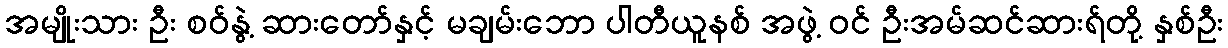
အမျိုးသား ဦး စဝ်နွဲ့ ဆားတော်နှင့် မချမ်းဘော ပါတီယူနစ် အဖွဲ့ ဝင် ဦးအမ်ဆင်ဆားရ်တို့ နှစ်ဦး